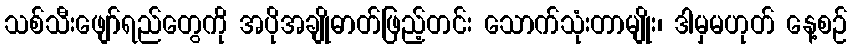
သစ်သီးဖျော်ရည်တွေကို အပိုအချိုဓာတ်ဖြည့်တင်း သောက်သုံးတာမျိုး၊ ဒါမှမဟုတ် နေ့စဉ်